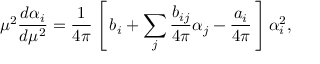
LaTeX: \mu ^ { 2 } \frac { d \alpha _ { i } } { d \mu ^ { 2 } } = \frac { 1 } { 4 \pi } \left[ \, b _ { i } + \sum _ { j } \frac { b _ { i j } } { 4 \pi } \alpha _ { j } - \frac { a _ { i } } { 4 \pi } \, \right] \alpha _ { i } ^ { 2 } ,